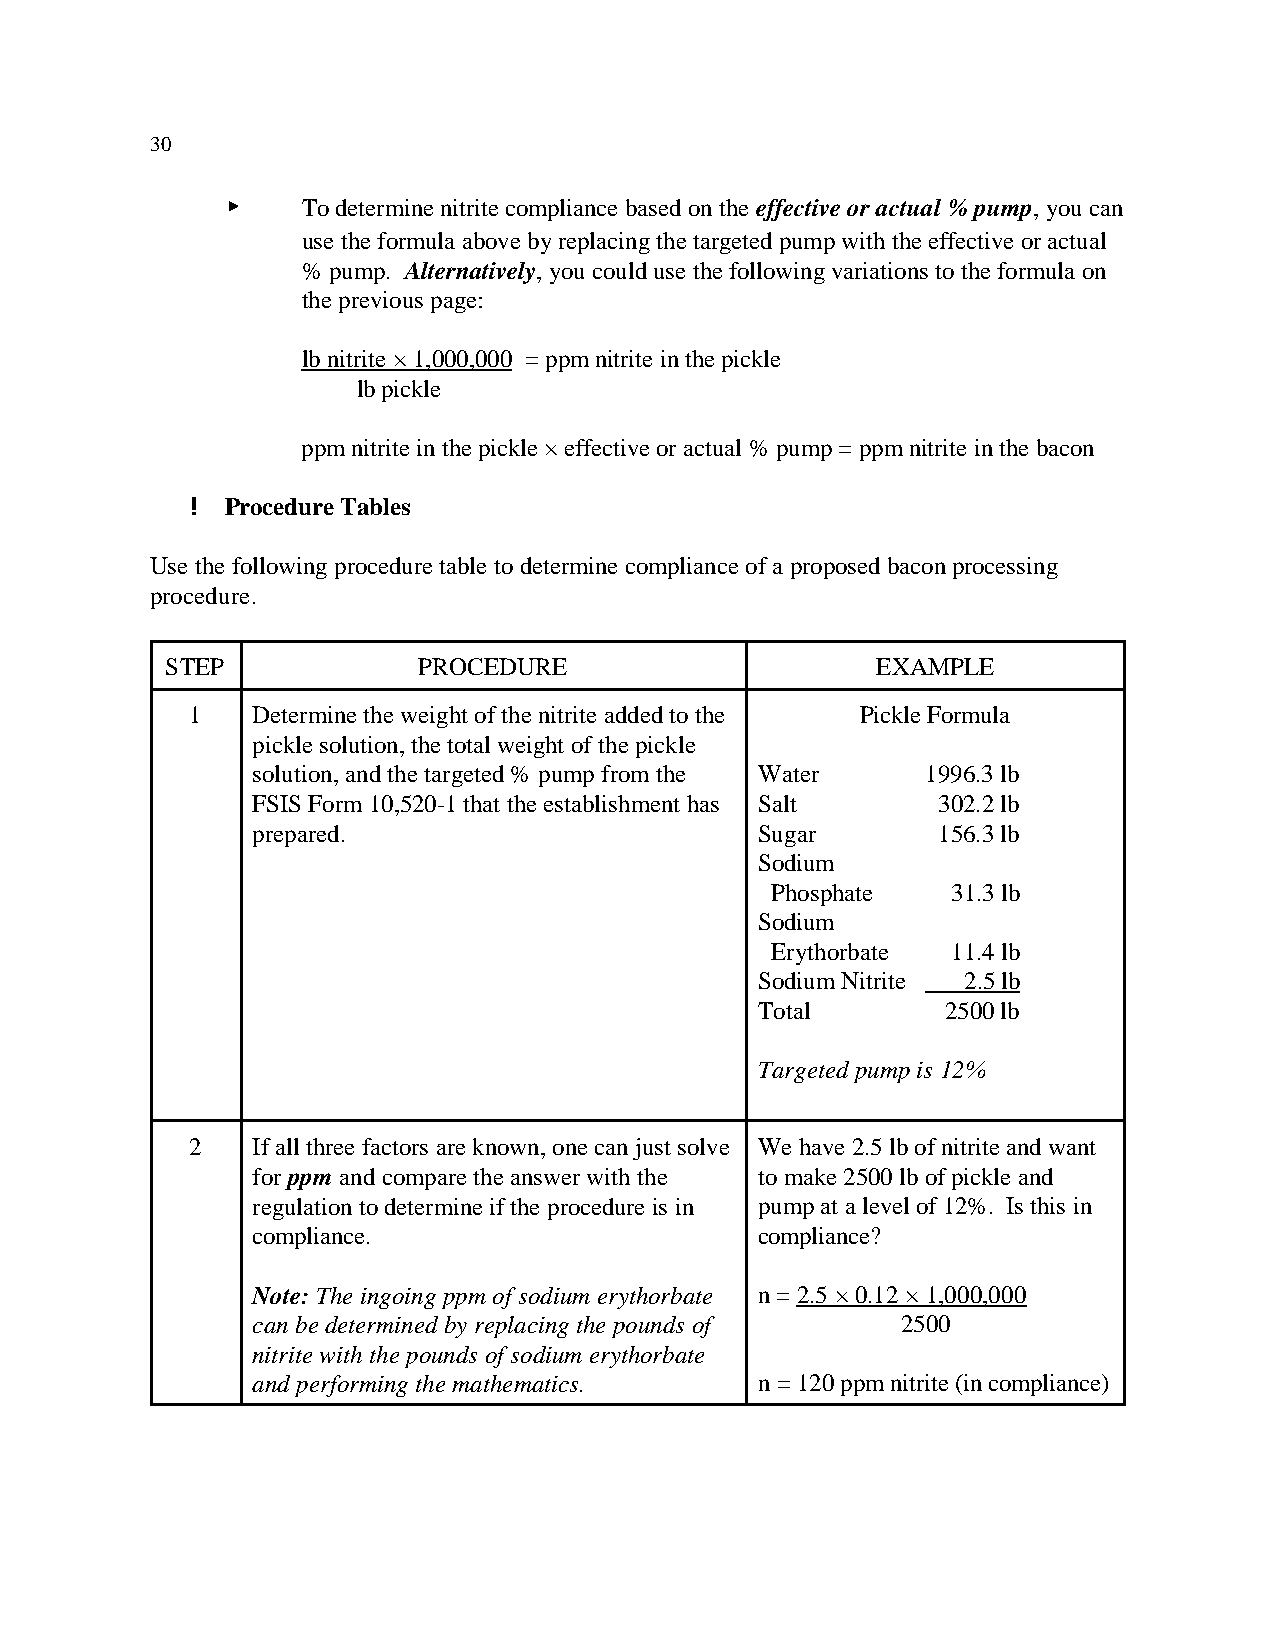
30
 <    To determine nitrite compliance based on the effective or actual % pump, you can
 use the formula above by replacing the targeted pump with the effective or actual
 % pump. Alternatively, you could use the following variations to the formula on
 the previous page:
 lb nitrite × 1,000,000 = ppm nitrite in the pickle
 lb pickle
 ppm nitrite in the pickle × effective or actual % pump = ppm nitrite in the bacon
 ! Procedure Tables
 Use the following procedure table to determine compliance of a proposed bacon processing
 procedure.
 STEP             PROCEDURE                     EXAMPLE
 1   Determine the weight of the nitrite added to the Pickle Formula
 pickle solution, the total weight of the pickle
 solution, and the targeted % pump from the Water 1996.3 lb
 FSIS Form 10,520-1 that the establishment has Salt 302.2 lb
 prepared.                        Sugar       156.3 lb
 Sodium
 Phosphate   31.3 lb
 Sodium
 Erythorbate 11.4 lb
 Sodium Nitrite 2.5 lb
 Total        2500 lb
 Targeted pump is 12%
 2   If all three factors are known, one can just solve We have 2.5 lb of nitrite and want
 for ppm and compare the answer with the to make 2500 lb of pickle and
 regulation to determine if the procedure is in pump at a level of 12%. Is this in
 compliance.                      compliance?
 Note: The ingoing ppm of sodium erythorbate n = 2.5 × 0.12 × 1,000,000
 can be determined by replacing the pounds of 2500
 nitrite with the pounds of sodium erythorbate
 and performing the mathematics.  n = 120 ppm nitrite (in compliance)